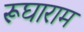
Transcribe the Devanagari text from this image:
रूघाराम